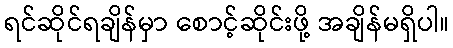
ရင်ဆိုင်ရချိန်မှာ စောင့်ဆိုင်းဖို့ အချိန်မရှိပါ။